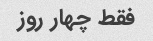
فقط چهار روز